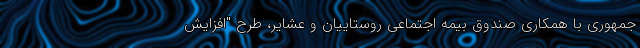
جمهوری با همکاری صندوق بیمه اجتماعی روستاییان و عشایر، طرح "افزایش